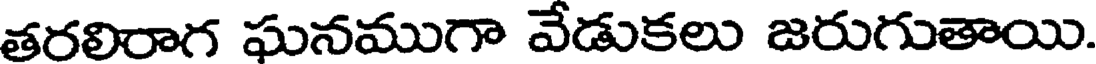
తరలిరాగ ఘనముగా వేడుకలు జరుగుతాయి.